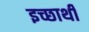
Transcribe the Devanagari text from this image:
इच्छार्थी